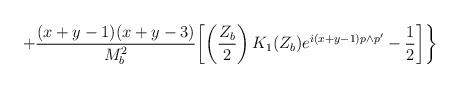
LaTeX: \begin{align*}+\frac{(x+y-1)(x+y-3)}{M_{b}^{2}}\biggl[ \left(\frac{Z_{b}}{2}\right)K_{1}(Z_{b})e^{i(x+y-1)p\wedge p'}-\frac{1}{2}\biggr]\biggr\}\end{align*}